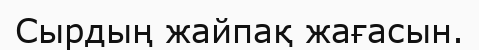
Сырдың жайпақ жағасын.